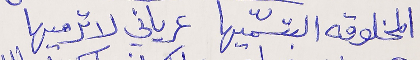
المخلوقه البتسمّيها عرياني لاترميها